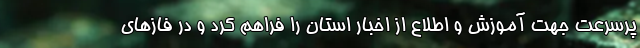
پرسرعت جهت آموزش و اطلاع از اخبار استان را فراهم کرد و در فاز‌های